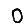
Digit: 0